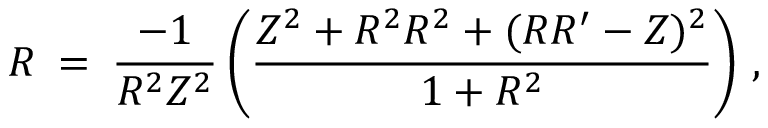
{ \cal { R } } \: = \: \frac { - 1 } { R ^ { 2 } Z ^ { 2 } } \left( \frac { Z ^ { 2 } + R ^ { 2 } R ^ { 2 } + ( R R ^ { \prime } - Z ) ^ { 2 } } { 1 + R ^ { 2 } } \right) \, ,